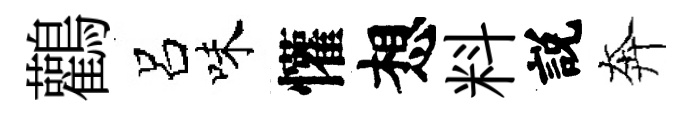
鸛呂味懽想料説奔